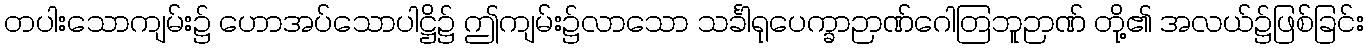
တပါးသောကျမ်း၌ ဟောအပ်သောပါဋ္ဌိ၌ ဤကျမ်း၌လာသော သင်္ခါရုပေက္ခာဉာဏ်ဂေါတြဘူဉာဏ် တို့၏ အလယ်၌ဖြစ်ခြင်း